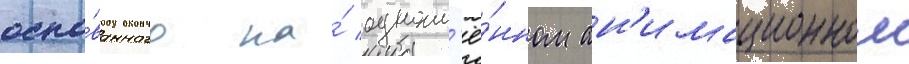
осно́ванного на́ одноим'ё́нном ан'имационном